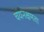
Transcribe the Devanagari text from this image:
चयनक्षमता